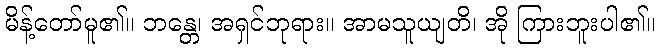
မိန့်တော်မူ၏။ ဘန္တေ၊ အရှင်ဘုရား။ အာမသူယျတိ၊ အို ကြားဘူးပါ၏။